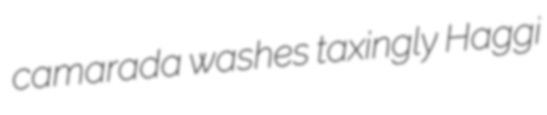
camarada washes taxingly Haggi